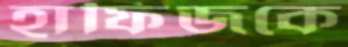
হাফিজকে